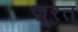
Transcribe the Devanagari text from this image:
ज्रूरत